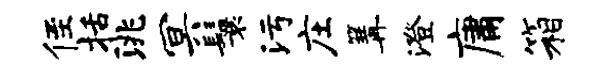
侄括洮冥鬟污庄篝澄庸箱